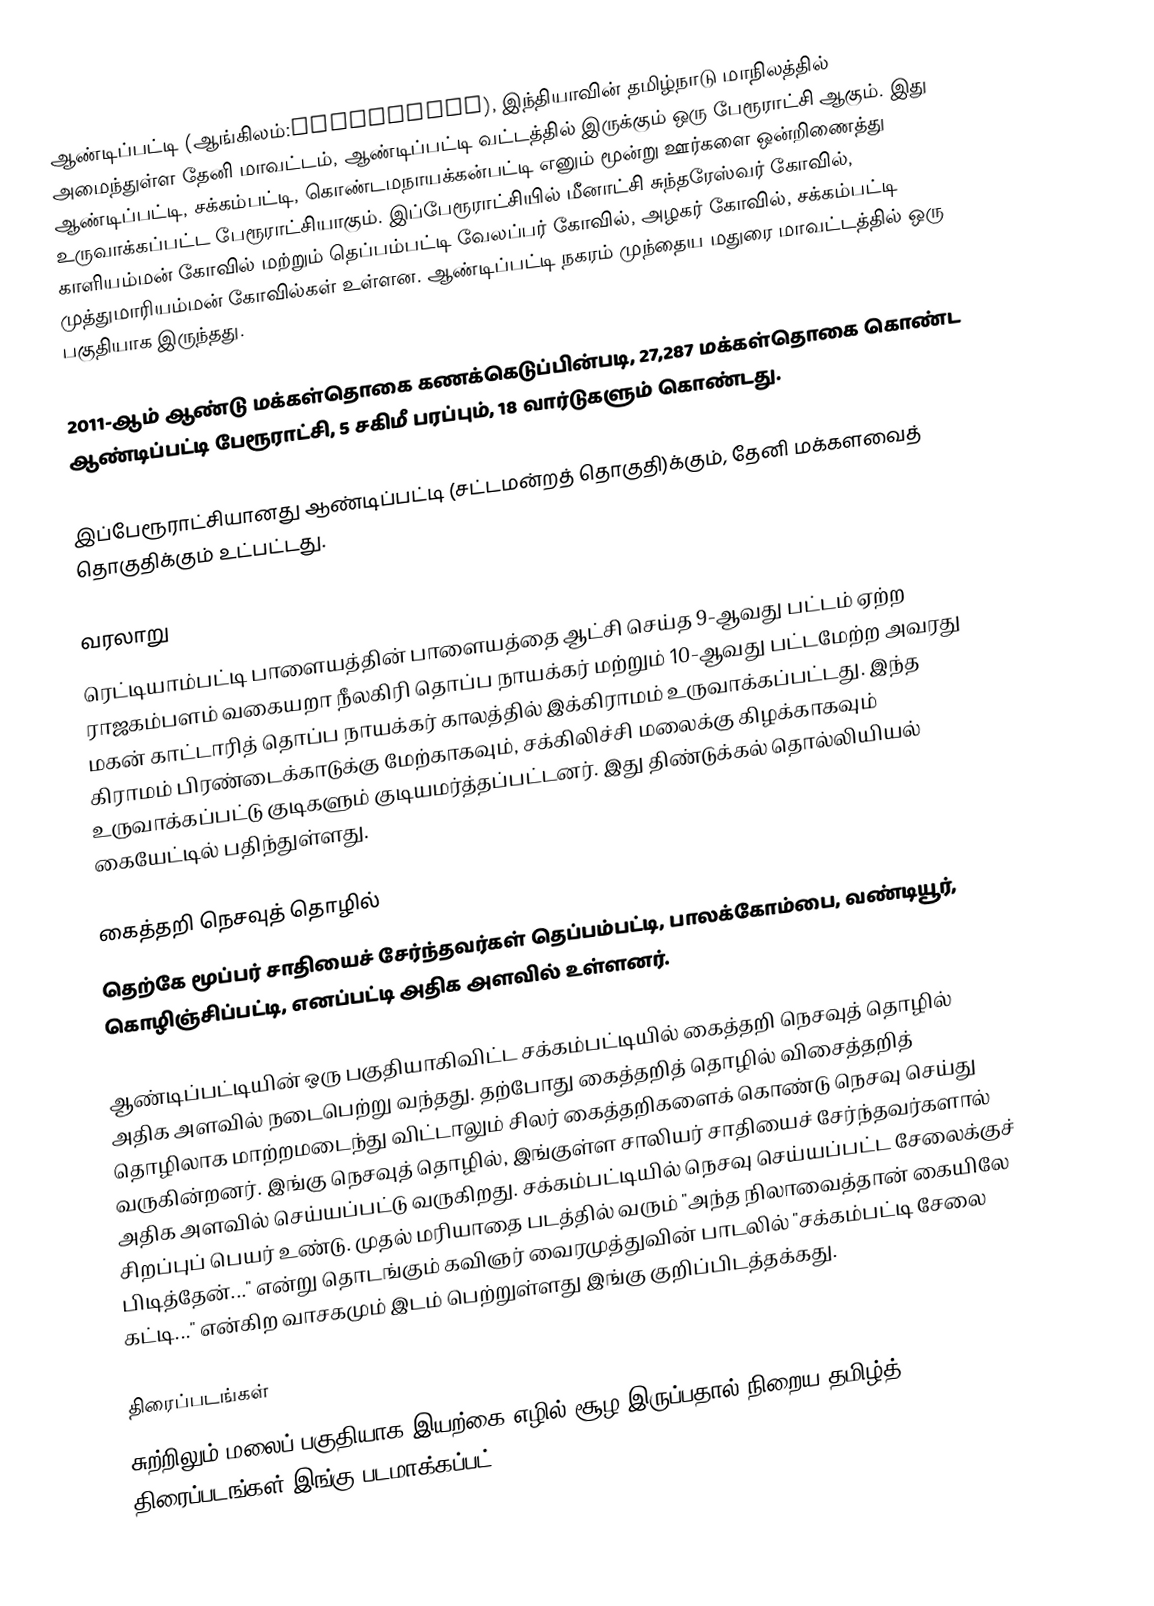
ஆண்டிப்பட்டி (ஆங்கிலம்:Andippatti), இந்தியாவின் தமிழ்நாடு மாநிலத்தில் அமைந்துள்ள தேனி மாவட்டம், ஆண்டிப்பட்டி வட்டத்தில் இருக்கும் ஒரு பேரூராட்சி ஆகும். இது ஆண்டிப்பட்டி, சக்கம்பட்டி, கொண்டமநாயக்கன்பட்டி எனும் மூன்று ஊர்களை ஒன்றிணைத்து உருவாக்கப்பட்ட பேரூராட்சியாகும். இப்பேரூராட்சியில் மீனாட்சி சுந்தரேஸ்வர் கோவில், காளியம்மன் கோவில் மற்றும் தெப்பம்பட்டி வேலப்பர் கோவில், அழகர் கோவில், சக்கம்பட்டி முத்துமாரியம்மன் கோவில்கள் உள்ளன. ஆண்டிப்பட்டி நகரம் முந்தைய மதுரை மாவட்டத்தில் ஒரு பகுதியாக இருந்தது.

2011-ஆம் ஆண்டு மக்கள்தொகை கணக்கெடுப்பின்படி, 27,287  மக்கள்தொகை கொண்ட ஆண்டிப்பட்டி பேரூராட்சி, 5 சகிமீ பரப்பும், 18 வார்டுகளும் கொண்டது.

இப்பேரூராட்சியானது ஆண்டிப்பட்டி (சட்டமன்றத் தொகுதி)க்கும், தேனி மக்களவைத் தொகுதிக்கும் உட்பட்டது.

வரலாறு
ரெட்டியாம்பட்டி பாளையத்தின் பாளையத்தை ஆட்சி செய்த 9-ஆவது பட்டம் ஏற்ற ராஜகம்பளம்  வகையறா நீலகிரி தொப்ப நாயக்கர் மற்றும் 10-ஆவது பட்டமேற்ற அவரது மகன் காட்டாரித் தொப்ப நாயக்கர் காலத்தில் இக்கிராமம் உருவாக்கப்பட்டது. இந்த கிராமம் பிரண்டைக்காடுக்கு மேற்காகவும், சக்கிலிச்சி மலைக்கு கிழக்காகவும் உருவாக்கப்பட்டு குடிகளும் குடியமர்த்தப்பட்டனர். இது திண்டுக்கல் தொல்லியியல் கையேட்டில் பதிந்துள்ளது.

கைத்தறி நெசவுத் தொழில்
தெற்கே மூப்பர் சாதியைச் சேர்ந்தவர்கள் தெப்பம்பட்டி, பாலக்கோம்பை, வண்டியூர், கொழிஞ்சிப்பட்டி, எனப்பட்டி அதிக அளவில் உள்ளனர்.

ஆண்டிப்பட்டியின் ஒரு பகுதியாகிவிட்ட சக்கம்பட்டியில் கைத்தறி நெசவுத் தொழில் அதிக அளவில் நடைபெற்று வந்தது. தற்போது கைத்தறித் தொழில் விசைத்தறித் தொழிலாக மாற்றமடைந்து விட்டாலும் சிலர் கைத்தறிகளைக் கொண்டு நெசவு செய்து வருகின்றனர். இங்கு நெசவுத் தொழில், இங்குள்ள சாலியர் சாதியைச் சேர்ந்தவர்களால் அதிக அளவில் செய்யப்பட்டு வருகிறது. சக்கம்பட்டியில் நெசவு செய்யப்பட்ட சேலைக்குச் சிறப்புப் பெயர் உண்டு. முதல் மரியாதை படத்தில் வரும் "அந்த நிலாவைத்தான் கையிலே பிடித்தேன்..." என்று தொடங்கும் கவிஞர் வைரமுத்துவின் பாடலில் "சக்கம்பட்டி சேலை கட்டி..." என்கிற வாசகமும் இடம் பெற்றுள்ளது இங்கு குறிப்பிடத்தக்கது.

திரைப்படங்கள்
சுற்றிலும் மலைப் பகுதியாக இயற்கை எழில் சூழ இருப்பதால் நிறைய தமிழ்த் திரைப்படங்கள் இங்கு படமாக்கப்பட்